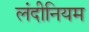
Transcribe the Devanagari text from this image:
लंदीनियम